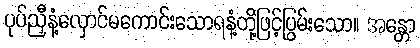
ပုပ်ညှီနံ့လှောင်မကောင်းသောရနံ့တို့ဖြင့်ပြွမ်းသော။ အန္တော